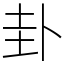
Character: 卦